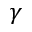
\gamma